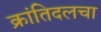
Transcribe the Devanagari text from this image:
क्रांतिदलचा